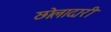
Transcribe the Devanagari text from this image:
छोलादारी